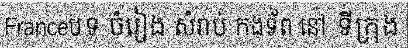
Franceបទ ចំរៀង សំរាប់ កងទ័ព នៅ ទីក្រុង